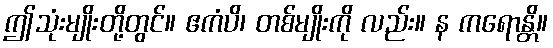
ဤသုံးမျိုးတို့တွင်။ ဧကံပိ၊ တစ်မျိုးကို လည်း။ န ကရောန္တိ။